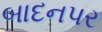
બાદનપર